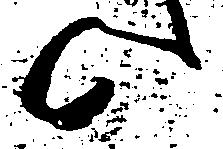
候